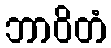
ဘာဝိတံ